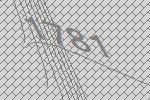
1781